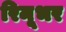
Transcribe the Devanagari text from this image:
रिमूभर